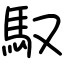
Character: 馭